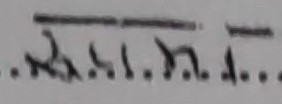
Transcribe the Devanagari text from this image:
से.मि. दि.